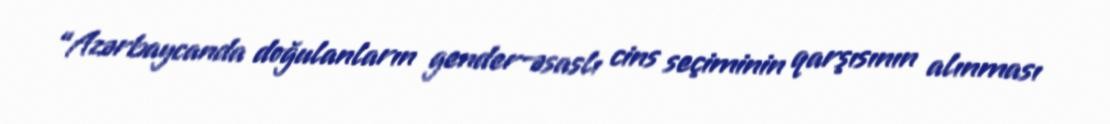
“Azərbaycanda doğulanların gender-əsaslı cins seçiminin qarşısının alınması